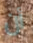
أن